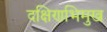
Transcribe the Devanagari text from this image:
दक्षिणभिमुख